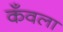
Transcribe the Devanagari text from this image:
कँवला